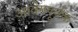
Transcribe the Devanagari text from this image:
आवेगपूर्वक